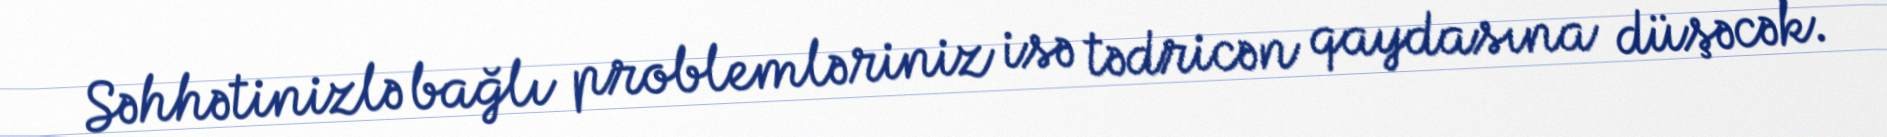
Səhhətinizlə bağlı problemləriniz isə tədricən qaydasına düşəcək.